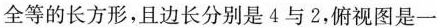
全等的长方形，且边长分别是4与2，俯视图是一